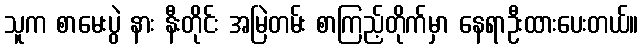
သူက စာမေးပွဲ နား နီးတိုင်း အမြဲတမ်း စာကြည့်တိုက်မှာ နေရာဦးထားပေးတယ်။